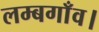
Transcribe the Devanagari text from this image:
लम्बगाँव।